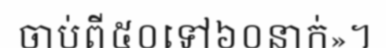
ចាប់ពី៥០ទៅ៦០នាក់»។